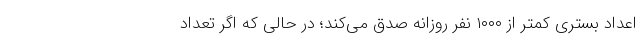
اعداد بستری کمتر از ۱۰۰۰ نفر روزانه صدق می‌کند؛ در حالی که اگر تعداد